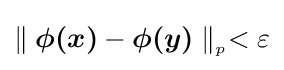
\parallel {\boldsymbol {\phi (x)}}-{\boldsymbol {\phi (y)}}\parallel _{_{p}}<\varepsilon